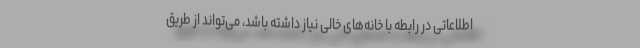
اطلاعاتی در رابطه با خانه‌های خالی نیاز داشته باشد، می‌تواند از طریق